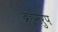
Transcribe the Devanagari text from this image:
ब्रह्मरुप